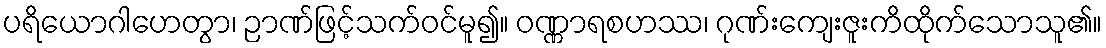
ပရိယောဂါဟေတွာ၊ ဉာဏ်ဖြင့်သက်ဝင်မူ၍။ ဝဏ္ဏာရစဟဿ၊ ဂုဏ်းကျေးဇူးကိထိုက်သောသူ၏။